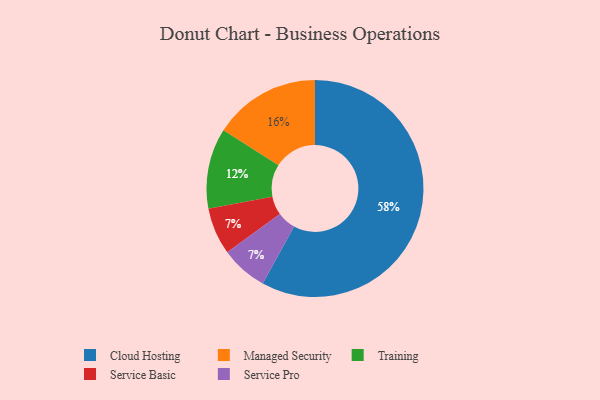
{"axis": {"x": "Category", "y": "Percentage"}, "legend": ["Cloud Hosting", "Managed Security", "Service Basic", "Service Pro", "Training"], "data": [{"x": "Service Basic", "y": 7, "type": "Service Basic"}, {"x": "Service Pro", "y": 7, "type": "Service Pro"}, {"x": "Cloud Hosting", "y": 58, "type": "Cloud Hosting"}, {"x": "Training", "y": 12, "type": "Training"}, {"x": "Managed Security", "y": 16, "type": "Managed Security"}]}